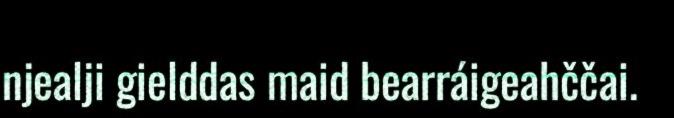
njealji gielddas maid bearráigeahččai.